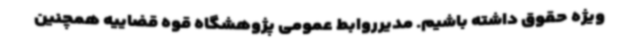
ویژه حقوق داشته باشیم. مدیرروابط عمومی پژوهشگاه قوه قضاییه همچنین